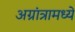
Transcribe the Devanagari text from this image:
अग्रांत्रामध्ये